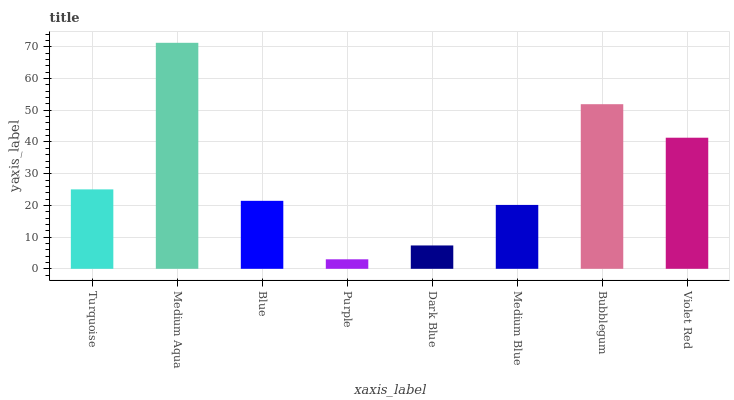
| xaxis_label | bars |
 | --- | --- |
 | Turquoise | 25.1 |
 | Medium Aqua | 71.3 |
 | Blue | 21.4 |
 | Purple | 3 |
 | Dark Blue | 7.37 |
 | Medium Blue | 20.2 |
 | Bubblegum | 51.9 |
 | Violet Red | 41.3 |